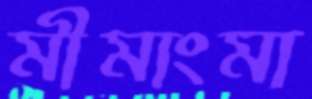
মীমাংমা